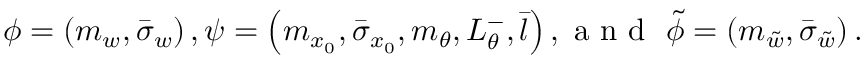
\begin{array} { r } { \phi = \left( m _ { w } , \bar { \sigma } _ { w } \right) , \psi = \left( m _ { x _ { 0 } } , \bar { \sigma } _ { x _ { 0 } } , m _ { \theta } , L _ { \theta } ^ { - } , \bar { l } \right) , \mathrm { ~ a ~ n ~ d ~ } \ \Tilde { \phi } = \left( m _ { \Tilde { w } } , \bar { \sigma } _ { \Tilde { w } } \right) . } \end{array}